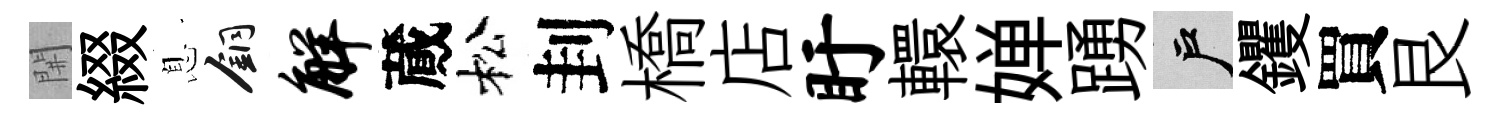
𨳩綴息銅解蕆松刲橋店盱轘婵踴户钁買艮